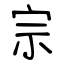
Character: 宗